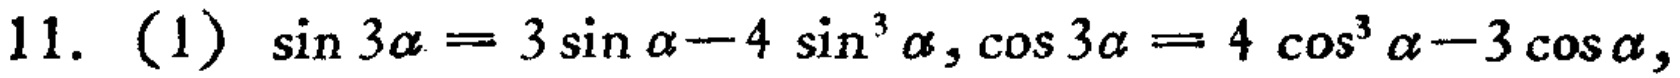
11. (1) $\sin 3\alpha = 3\sin\alpha - 4\sin^{3}\alpha,\cos 3\alpha = 4\cos^{3}\alpha - 3\cos\alpha$,